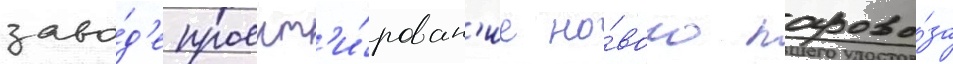
заво́д'е проект'и́рован'ие но́вого парово́за